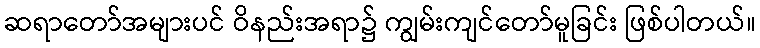
ဆရာတော်အများပင် ဝိနည်းအရာ၌ ကျွမ်းကျင်တော်မူခြင်း ဖြစ်ပါတယ်။